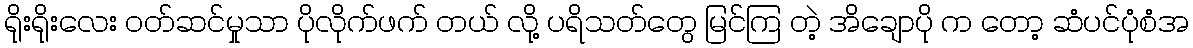
ရိုးရိုးလေး ဝတ်ဆင်မှုသာ ပိုလိုက်ဖက် တယ် လို့ ပရိသတ်တွေ မြင်ကြ တဲ့ အိချောပို က တော့ ဆံပင်ပုံစံအ